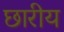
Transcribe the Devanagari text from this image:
छारीय